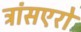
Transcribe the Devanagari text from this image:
ट्रांसएरो